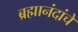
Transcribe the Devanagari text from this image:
ब्रह्मानंदांचे